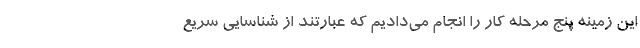
این زمینه پنج مرحله کار را انجام می‌دادیم که عبارتند از شناسایی سریع